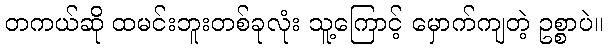
တကယ်ဆို ထမင်းဘူးတစ်ခုလုံး သူ့ကြောင့် မှောက်ကျတဲ့ ဥစ္စာပဲ။